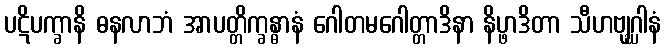
ပဋိပက္ခာနိ ဓနလာဘံ အာပတ္တိက္ခန္ဓာနံ ဂေါတမဂေါတ္တာဒိနာ နိပ္ဖာဒိတာ သီဟဗျဂ္ဃါနံ